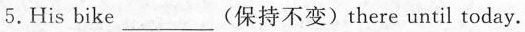
5.His bike___(保持不变) there until today.